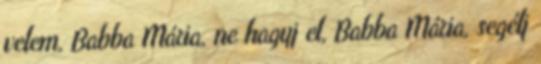
velem, Babba Mária, ne hagyj el, Babba Mária, segélj